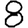
Digit: 8